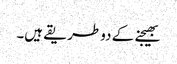
بھیجنے کے دو طریقے ہیں۔